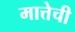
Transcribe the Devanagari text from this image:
मात्तेची